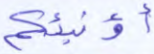
أؤنبئكم